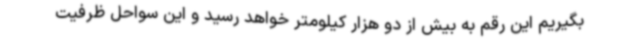
بگیریم این رقم به بیش از دو هزار کیلومتر خواهد رسید و این سواحل ظرفیت